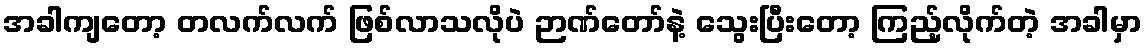
အခါကျတော့ တလက်လက် ဖြစ်လာသလိုပဲ ဉာဏ်တော်နဲ့ သွေးပြီးတော့ ကြည့်လိုက်တဲ့ အခါမှာ